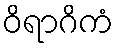
ဝိရာဂိကံ